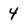
Character: 4